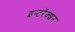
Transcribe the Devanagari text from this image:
इन्टरॅक्शन